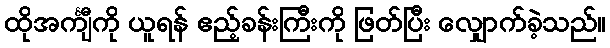
ထိုအင်္ကျီကို ယူရန် ဧည့်ခန်းကြီးကို ဖြတ်ပြီး လျှောက်ခဲ့သည်။